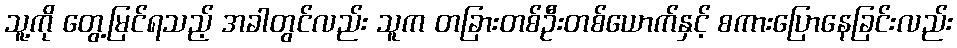
သူ့ကို တွေ့မြင်ရသည့် အခါတွင်လည်း သူက တခြားတစ်ဦးတစ်ယောက်နှင့် စကားပြောနေခြင်းလည်း